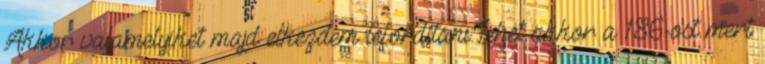
Akkor valamelyiket majd elkezdem lefordítani.Lehet akkor a 186-ost mert